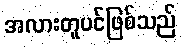
အလားတူပင်ဖြစ်သည်